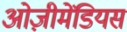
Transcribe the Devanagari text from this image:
ओज़ीमेंडियस